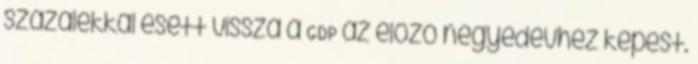
százalékkal esett vissza a GDP az előző negyedévhez képest.